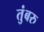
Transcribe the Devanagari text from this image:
तुंबरु